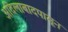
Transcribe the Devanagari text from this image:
अदिलाबादपासून